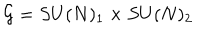
{ \cal G } = S U ( N ) _ { 1 } \times S U ( N ) _ { 2 }